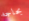
بحاجه